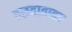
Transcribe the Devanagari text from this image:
तळहातावर